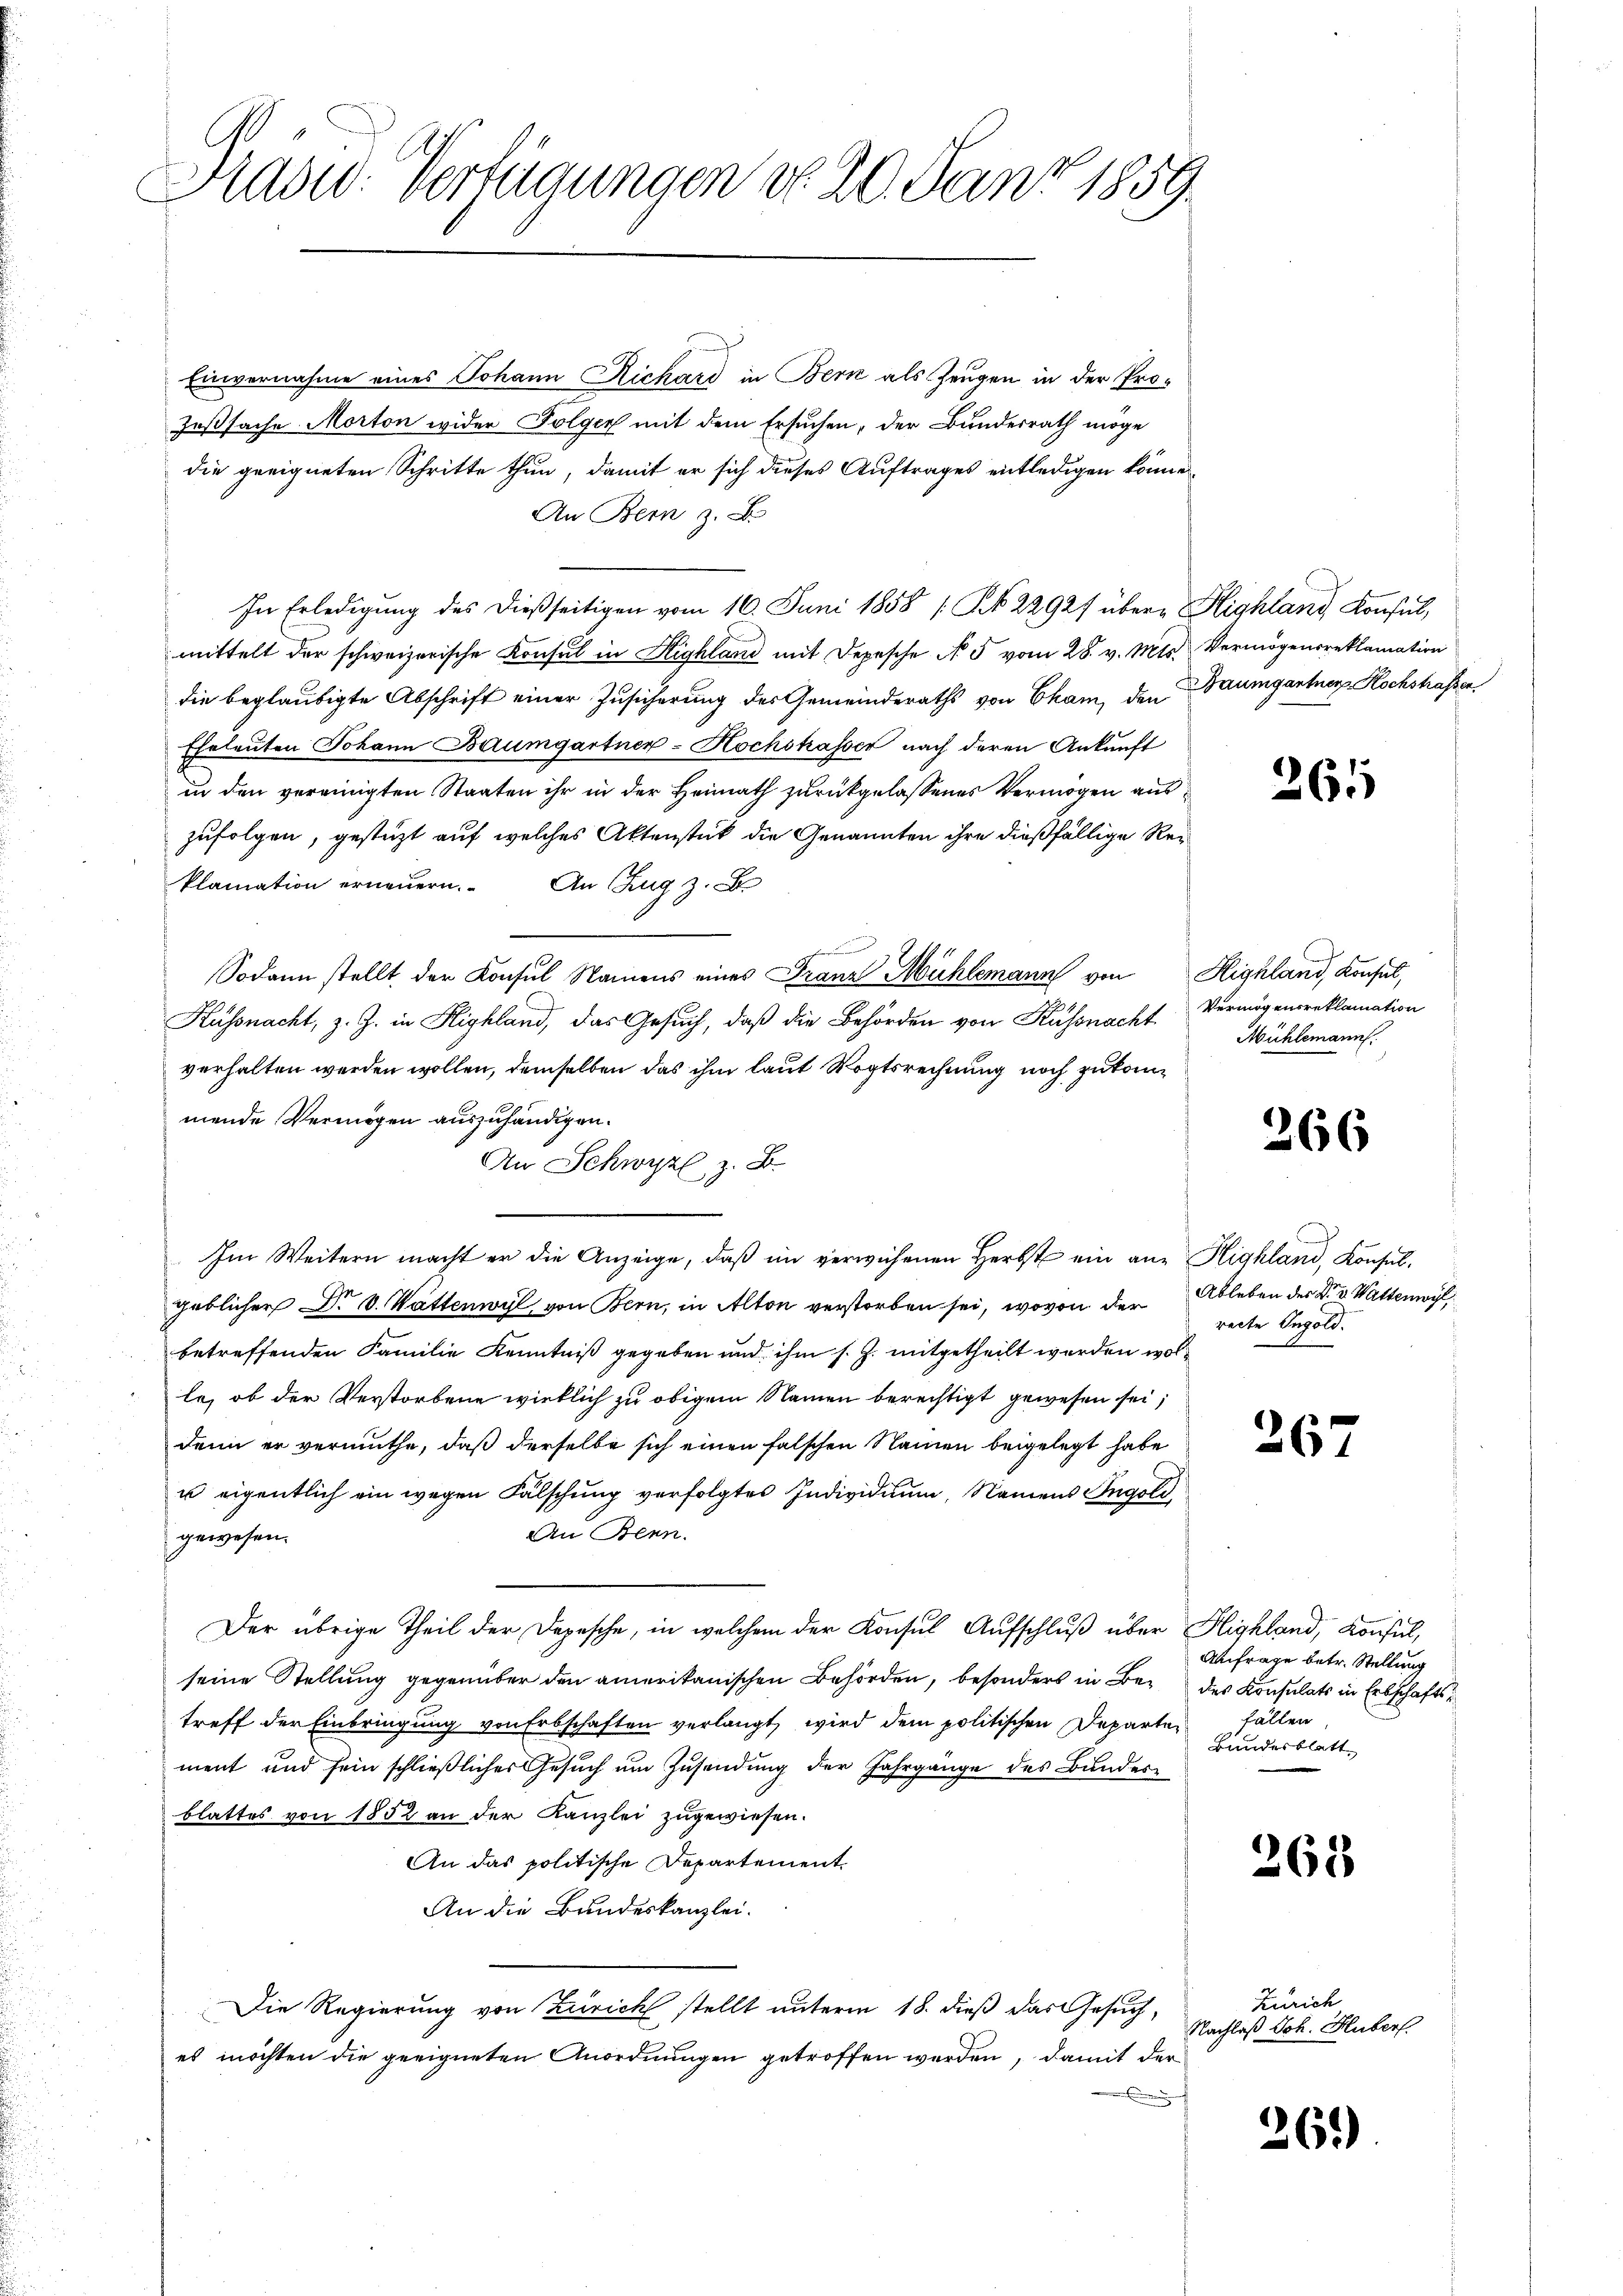
Hradid. Verfügungen do 20. Janz 1859.

Einvernahme eines Johann Richard in Bern als Zeugen in der Pro¬
Joßsache Morton wider Folger mit dem Ersuchen, der Bundesrath möge
die geeigneten Schritte thun, damit er sich dieses Auftrages entledigen könne.
An Bern z. B.
In Erledigung des dießseitigen vom 16. Juni 1858 / N. 2292f über Highland Konsul,
mittelt der schweizerische Konsul in Highland mit Depesche No 5 vom 28. v. Mts. Vermögensreklamation
die beglaubigte Abschrift einer Zusicherung des Gemeinderaths von Cham, den Baumgartner Hochstrassen,
Eheleuten Johann Baumgartner-Hochskassen nach deren Ankunft
in den vereinigten Staaten ihr in der Heimath zurückgelassenes Vermögen auszufolgen, gestützt auf welches Aktenstück die Genannten ihre dießfällige Reiklamation erneuern. An Zug z.
Sodann stellt der Konsul Namens eines Franz Mühlemann von Highland, Konsul,
Küssnacht, z. Z. in Highland, das Gesuch, daß die Behörden von Küssnacht
verhalten werden wollen, demselben das ihm laut Vogtsrechnung noch zukommende Vermögen auszuhändigen.
An Schwyz z. B.
Im Weitern macht er die Anzeige, daβ im verwiesenen Herbst ein an Highland, Konsul-
geblicher Nr. 10. Vattenwyl von Bern, in Alton verstorben sei, wovon der
betreffenden Familie Kenntniß gegeben und ihm s. Z. mitgetheilt worden wolle, ob der Verstorbene wirklich zu obigem Namen berechtigt gewesen sei;
denn er vermuthe, daß derselbe sich einen falschen Namen beigelegt habe
u eigentlich ein wegen Fälschung verfolgtes Individuum, Namens Ingold
An Benn.
gewesen.
Der übrige Theil der Depesche, in welchem der Konsul Aufschluß über Highland, Konsul,
seine Stellung gegenüber den amerikanischen Behörden, besonders in Bei des Konsulats in Erbschafts
treff der Einbringung von Erbschaften verlangt, wird dem politischen Departement und sein schließliches Gesuch um Zusendung der Jahrgänge des Bundesblattes von 1852 an der Kanzlei zugewiesen.
An das politische Departement
An die Bundeskanzlei.
Die Regierung von Zürich stellt unterm 18. dieß das Gesuch,
es möchten die geeigneten Anordnungen getroffen werden, damit der
.

261

Vermögensreklamation
Mühlemann.

266

Ableben des Dr. v. Wattenwyl,
recte Ingold.

267

Anfrage betr. Stellung
fällen.
Bundesblatt

265

Zürich
Nachlaß Joh. Huber.

261)